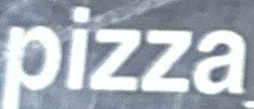
pizza